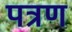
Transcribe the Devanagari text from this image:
पत्रण